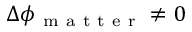
\Delta \phi _ { \mathrm { ~ m ~ a ~ t ~ t ~ e ~ r ~ } } \ne 0